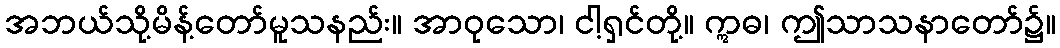
အဘယ်သို့မိန့်တော်မူသနည်း။ အာဝုသော၊ ငါ့ရှင်တို့။ ဣဓ၊ ဤသာသနာတော်၌။